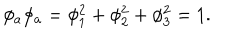
\phi _ { a } \phi _ { a } = \phi _ { 1 } ^ { 2 } + \phi _ { 2 } ^ { 2 } + \phi _ { 3 } ^ { 2 } = 1 .